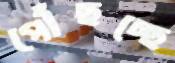
পৌঁছচ্ছে